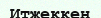
Итжеккен